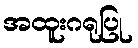
အထူးဂရုပြု